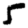
Digit: 5